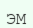
ЭМ